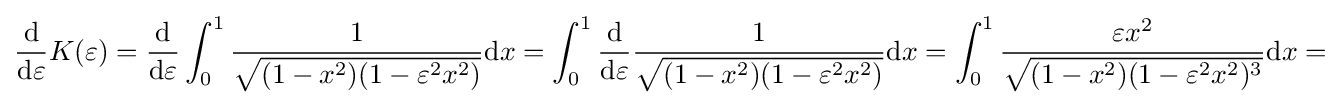
{\frac {\mathrm {d} }{\mathrm {d} \varepsilon }}K(\varepsilon )={\frac {\mathrm {d} }{\mathrm {d} \varepsilon }}\int _{0}^{1}{\frac {1}{\sqrt {(1-x^{2})(1-\varepsilon ^{2}x^{2})}}}\mathrm {d} x=\int _{0}^{1}{\frac {\mathrm {d} }{\mathrm {d} \varepsilon }}{\frac {1}{\sqrt {(1-x^{2})(1-\varepsilon ^{2}x^{2})}}}\mathrm {d} x=\int _{0}^{1}{\frac {\varepsilon x^{2}}{\sqrt {(1-x^{2})(1-\varepsilon ^{2}x^{2})^{3}}}}\mathrm {d} x=